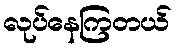
လုပ်နေကြတယ်